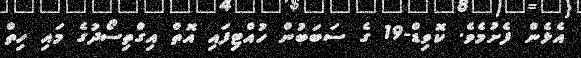
އެޅެން ފެށުމެވެ. ކޮވިޑް-19 ގެ ސަބަބުން ހުއްޓިފައި އޮތް އިގްތިސޯދުގެ މައި ހިތް